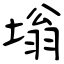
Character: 塕